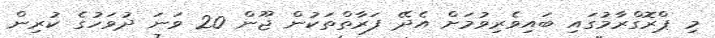
މި ޕްރޮގްރާމުގައި ބައިވެރިވުމަށް އެދޭ ފަރާތްތަކުން ޖޫން 20 ވަނަ ދުވަހުގެ ކުރިން